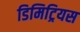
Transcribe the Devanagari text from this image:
डिमिट्रियस